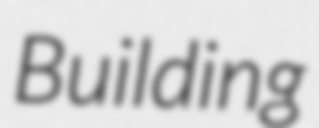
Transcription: Building